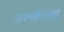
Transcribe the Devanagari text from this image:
उल्केला